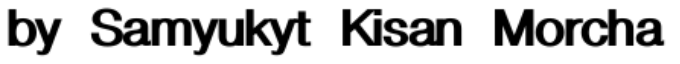
by Samyukyt Kisan Morcha